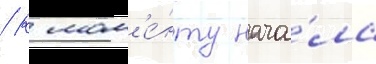
/ к мом'е́нту нача́ла